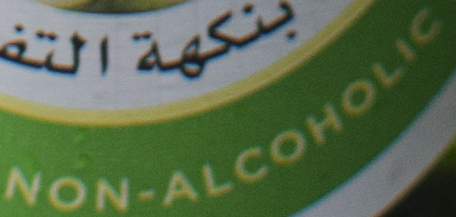
NON-ALCOHOLIC